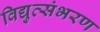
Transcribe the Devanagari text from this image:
विद्युत्संभरण